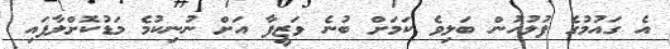
އެ ގައުމުގެ ފުލުހުން ބަލިވެ ކަމަށް ބުނެ ވަޒީފާ އަށް ނުނިކުމެ މަޑުކޮށްލާފައި